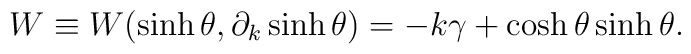
W \equiv W(\sinh \theta, \partial_k \sinh \theta)=-k\gamma+\cosh\theta \sinh \theta.